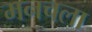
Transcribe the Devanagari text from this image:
मनचला